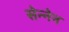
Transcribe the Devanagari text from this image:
सेन्नेन